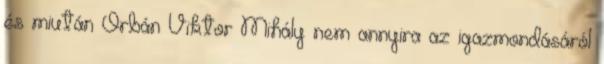
és miután Orbán Viktor Mihály nem annyira az igazmondásáról